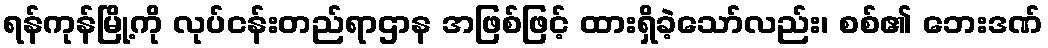
ရန်ကုန်မြို့ကို လုပ်ငန်းတည်ရာဌာန အဖြစ်ဖြင့် ထားရှိခဲ့သော်လည်း၊ စစ်၏ ဘေးဒဏ်